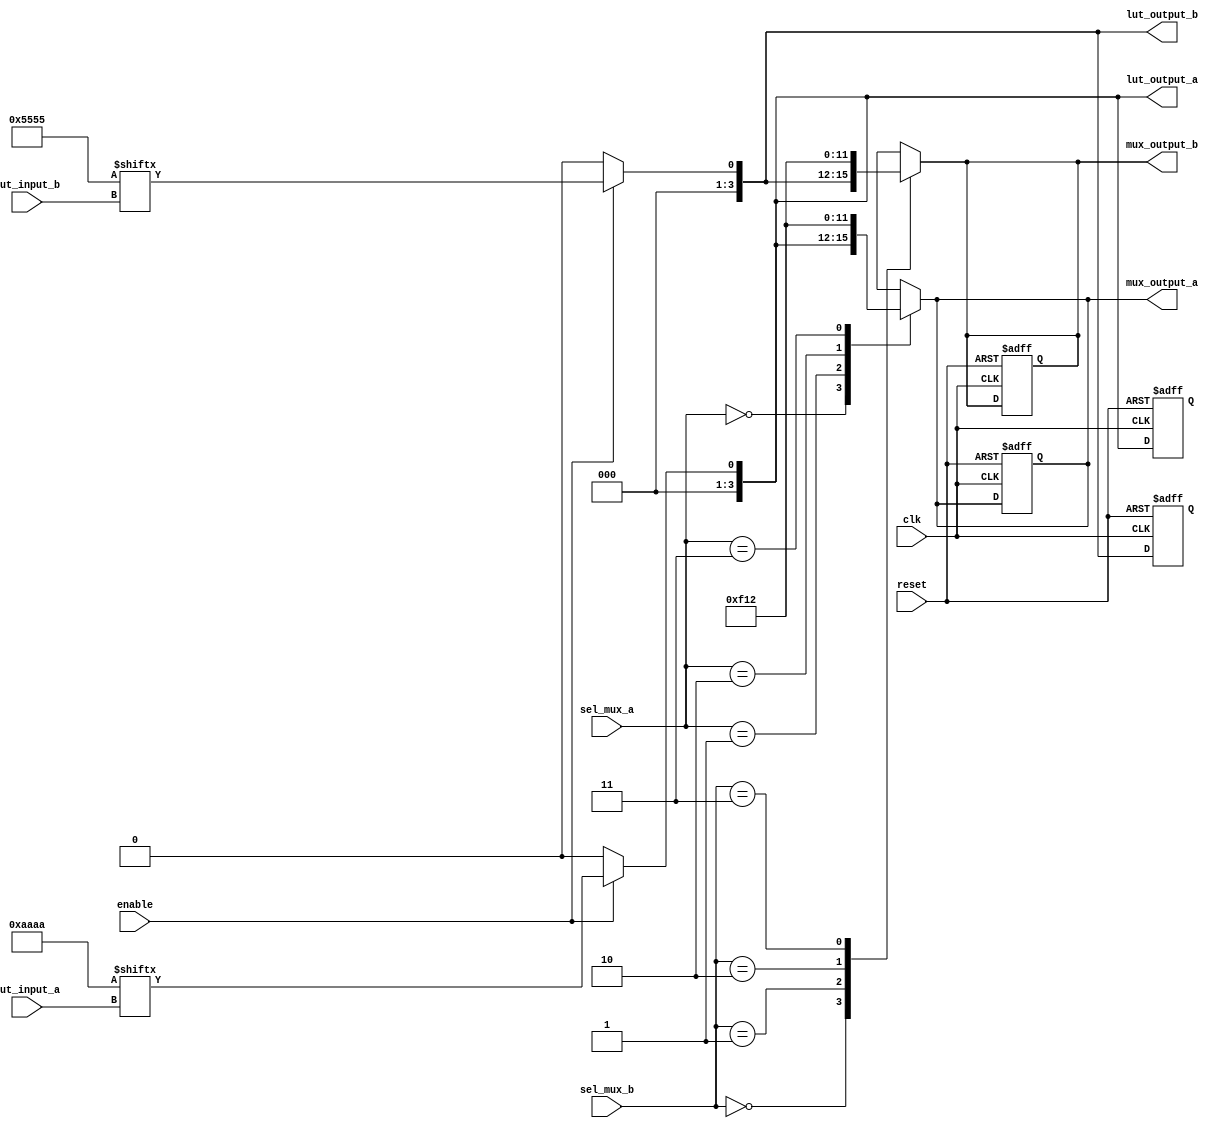
module CLB (
    input wire [3:0] lut_input_a,  // Inputs for LUT A
    input wire [3:0] lut_input_b,  // Inputs for LUT B
    input wire [1:0] sel_mux_a,     // Select lines for MUX A
    input wire [1:0] sel_mux_b,     // Select lines for MUX B
    input wire clk,                 // Clock input
    input wire reset,               // Reset signal
    input wire enable,              // Enable signal
    output reg [3:0] lut_output_a,  // Output from LUT A
    output reg [3:0] lut_output_b,  // Output from LUT B
    output reg [3:0] mux_output_a,  // Output from MUX A
    output reg [3:0] mux_output_b   // Output from MUX B
);

    // LUTs (4-input)
    reg [15:0] lut_a; // 4-input LUT A (16 possible combinations)
    reg [15:0] lut_b; // 4-input LUT B (16 possible combinations)

    // Initialize LUTs with some example truth tables
    initial begin
        lut_a = 16'b1010101010101010; // Example truth table for LUT A
        lut_b = 16'b0101010101010101; // Example truth table for LUT B
    end

    // LUT Output Logic
    always @(*) begin
        if (enable) begin
            lut_output_a = lut_a[{lut_input_a[3], lut_input_a[2], lut_input_a[1], lut_input_a[0]}];
            lut_output_b = lut_b[{lut_input_b[3], lut_input_b[2], lut_input_b[1], lut_input_b[0]}];
        end else begin
            lut_output_a = 4'b0000; // Reset output if not enabled
            lut_output_b = 4'b0000; // Reset output if not enabled
        end
    end

    // MUX Logic
    always @(*) begin
        case (sel_mux_a)
            2'b00: mux_output_a = lut_output_a; // Select LUT A output
            2'b01: mux_output_a = 4'b1111;       // Example constant output
            2'b10: mux_output_a = 4'b0001;       // Example constant output
            2'b11: mux_output_a = 4'b0010;       // Example constant output
            default: mux_output_a = 4'b0000;     // Default case
        endcase

        case (sel_mux_b)
            2'b00: mux_output_b = lut_output_b; // Select LUT B output
            2'b01: mux_output_b = 4'b1111;       // Example constant output
            2'b10: mux_output_b = 4'b0001;       // Example constant output
            2'b11: mux_output_b = 4'b0010;       // Example constant output
            default: mux_output_b = 4'b0000;     // Default case
        endcase
    end

    // Reset Logic
    always @(posedge clk or posedge reset) begin
        if (reset) begin
            lut_output_a <= 4'b0000;
            lut_output_b <= 4'b0000;
            mux_output_a <= 4'b0000;
            mux_output_b <= 4'b0000;
        end
    end

endmodule